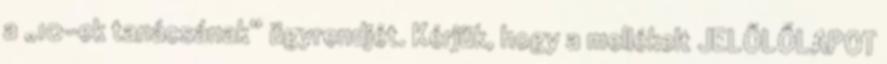
a „10-ek tanácsának” ügyrendjét. Kérjük, hogy a mellékelt JELŐLŐLAPOT